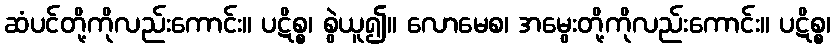
ဆံပင်တို့ကိုလည်းကောင်း။ ပဋိစ္စ၊ စွဲယူ၍။ လောမေစ၊ အမွေးတို့ကိုလည်းကောင်း။ ပဋိစ္စ၊